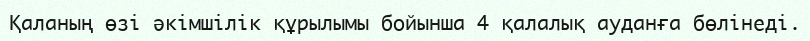
Қаланың өзі әкімшілік құрылымы бойынша 4 қалалық ауданға бөлінеді.